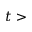
t >